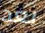
بعد